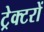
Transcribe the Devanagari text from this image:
ट्रेक्टरों